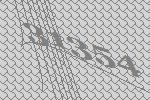
31354